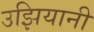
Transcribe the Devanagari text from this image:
उझियानी